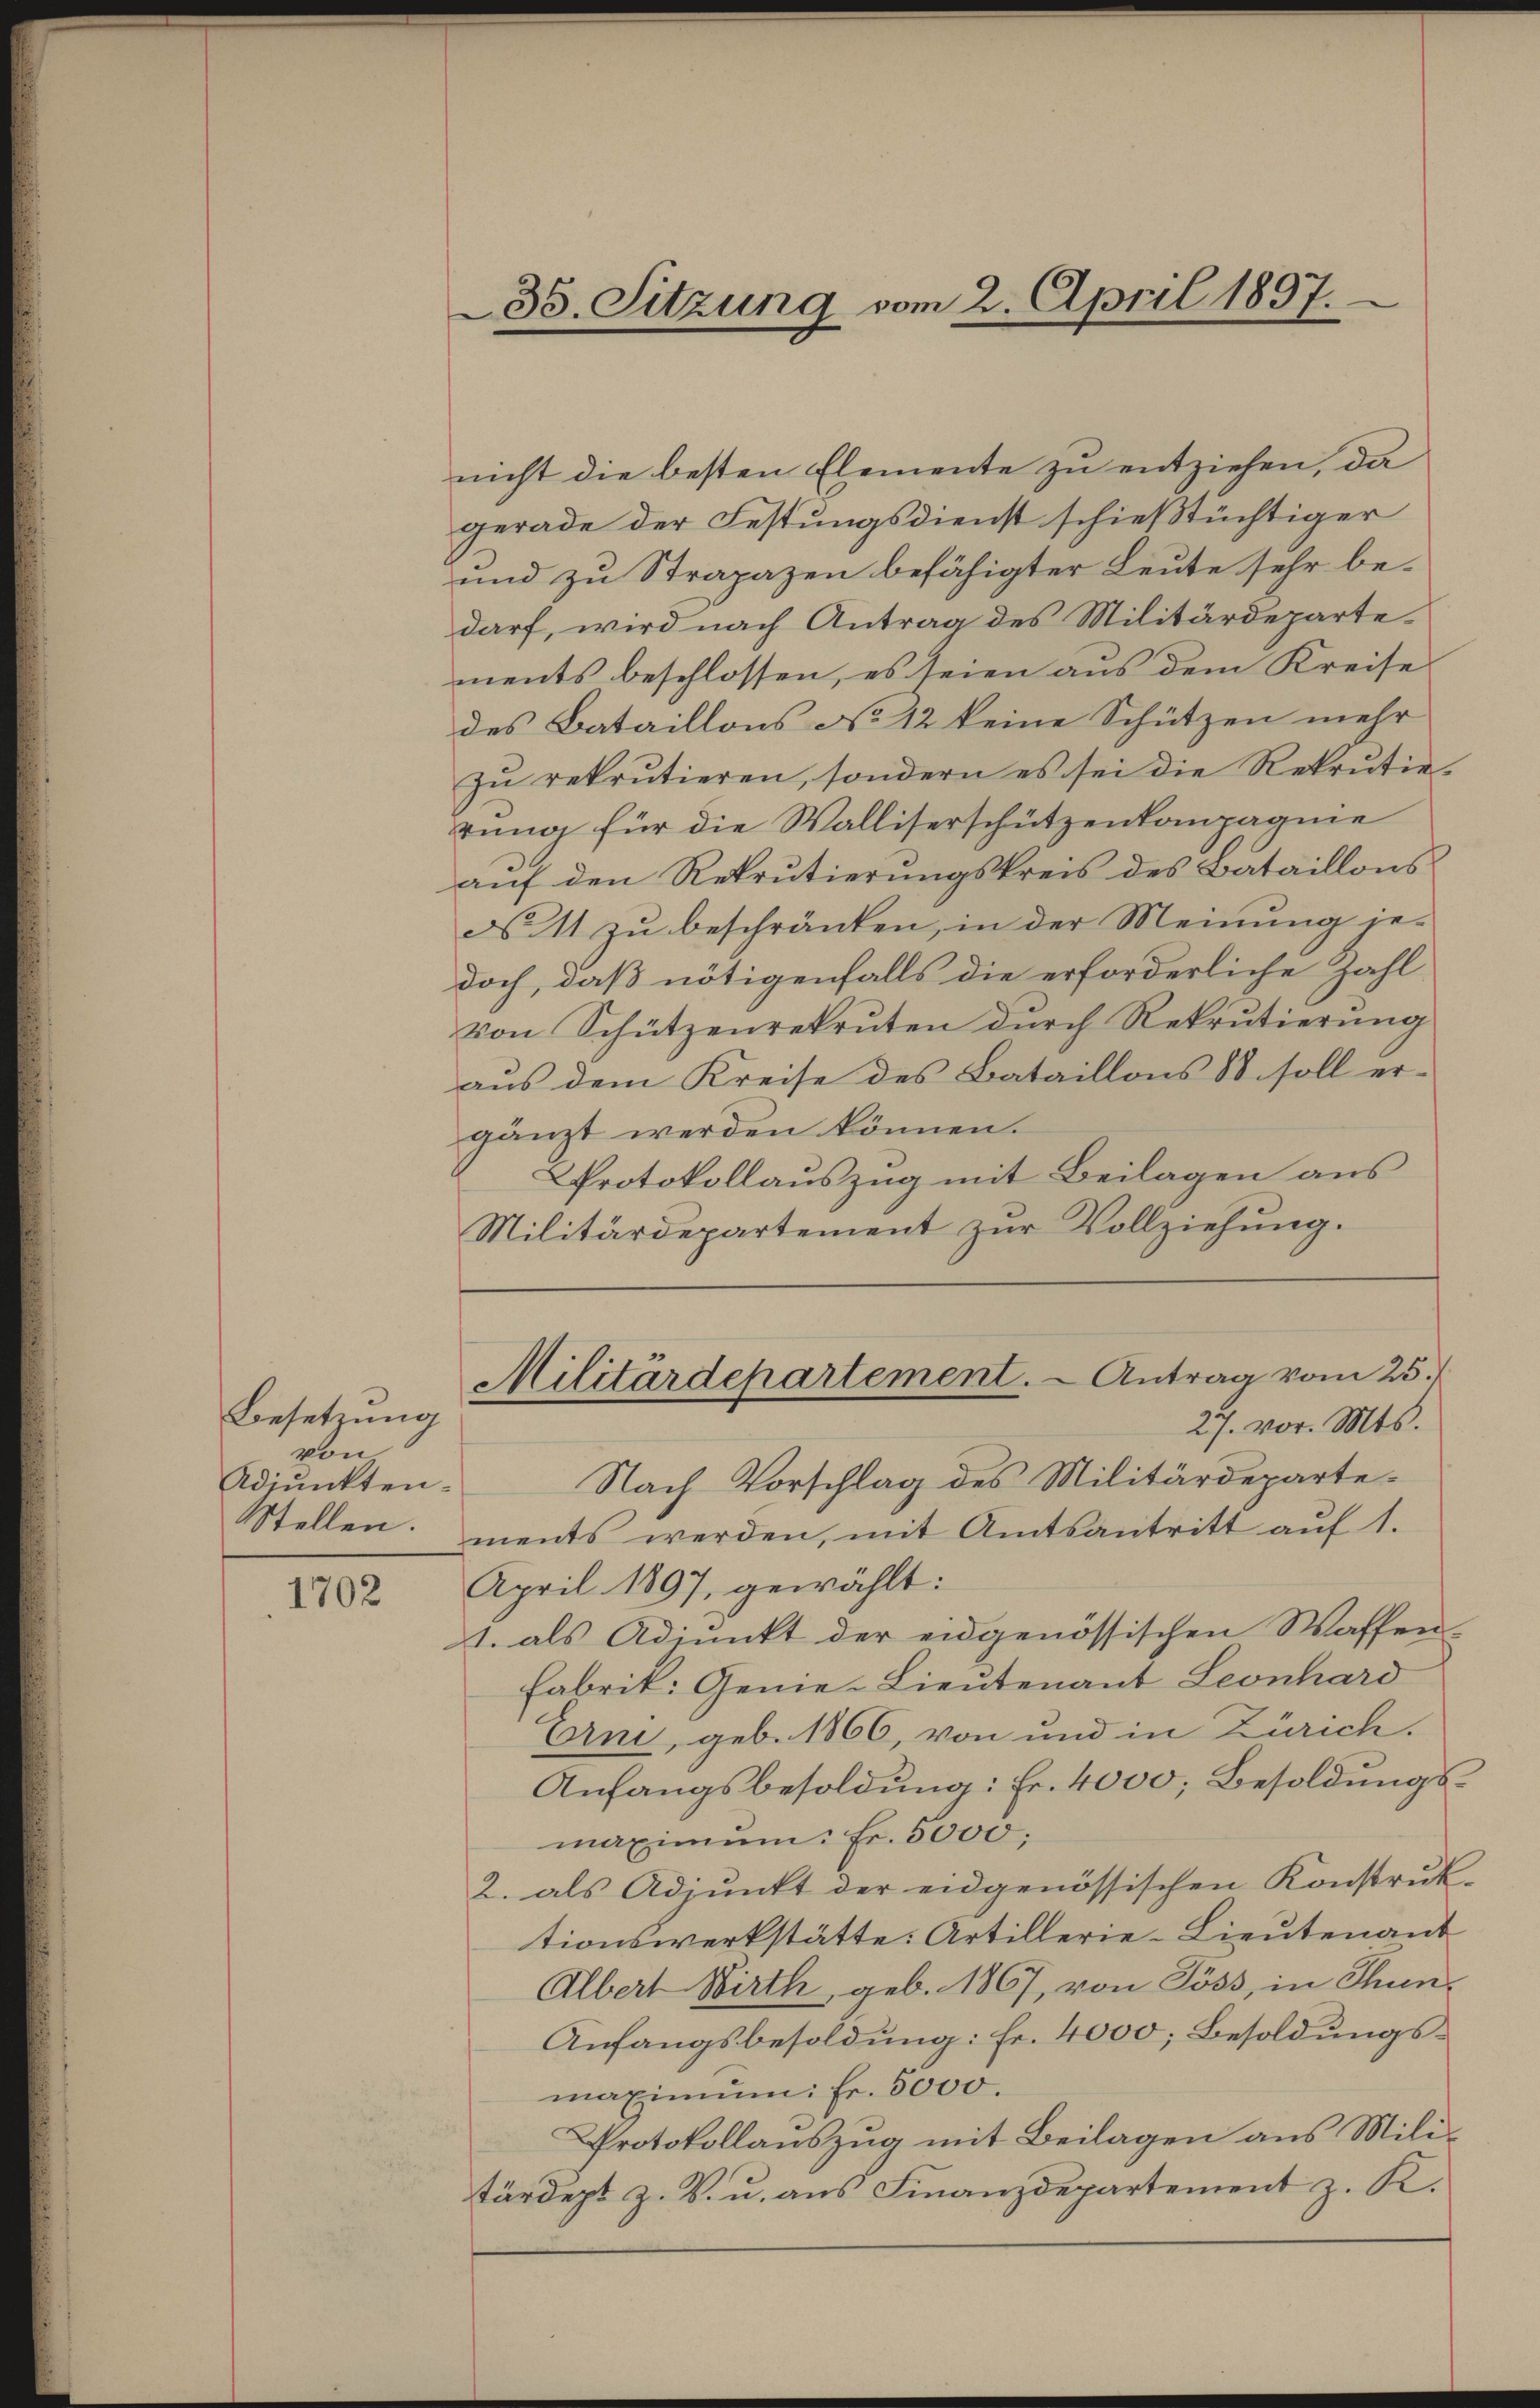
Besetzung
von
Adjunkten.
Stellen.

1702

35. Sitzung vom 2. April 1897.

nicht die besten Elemente zu entziehen, da
gerade der Festungsdienst schießtüchtiger
und zu Strapazen befähigter Leute sehr bedarf, wird nach Antrag des Militärdepartements beschlossen, es seien aus dem Kreise
des Bataillons No 12 keine Schützen mehr
zŭ rekrutieren, sondern es sei die Rekrŭtie-
rung für die Walliserschützenkompagnie
auf den Rekrutierungskreis des Bataillons
No 11 zu beschränken, in der Meinung je-
doch, daß nötigenfalls die erforderliche Zahl
von Schützenrekruten dŭrch Rekrutierŭng
aus dem Kreise des Bataillons 88 soll ergänzt werden können.
Protokollauszug mit Beilagen aus
Militärdepartement zur Vollziehung.
Militärdepartement. - Antrag vom 25.
27. vor. Mts.
Nach Vorschlag des Militärdepartements werden, mit Amtsantritt auf 1.
April 1897, gewählt:
1. als Adjunkt der eidgenössischen Waffen-
Fabrik: Gene-Lieutenant Leonhard
Erni, geb. 1866, von und in Zürich.
Anfangsbesoldung: Fr. 4000; Besoldungsmaximŭm Fr. 5000;
2. als Adjunkt der eidgenössischen Konstrŭk-
tionswerkstätte: Artillerie-Lieutenant
Albert Wirth, geb. 1867, von Söss, in Thun¬
Anfangsbesoldung: Fr. 4000; Besoldungsmaximŭm fr. 5000.
Protokollauszug mit Beilagen aus Militärdept z. B. u. aus Finanzdepartement z. K.